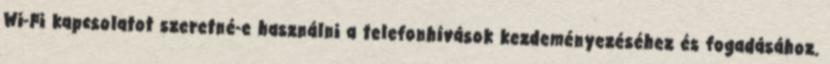
Wi-Fi kapcsolatot szeretné-e használni a telefonhívások kezdeményezéséhez és fogadásához.